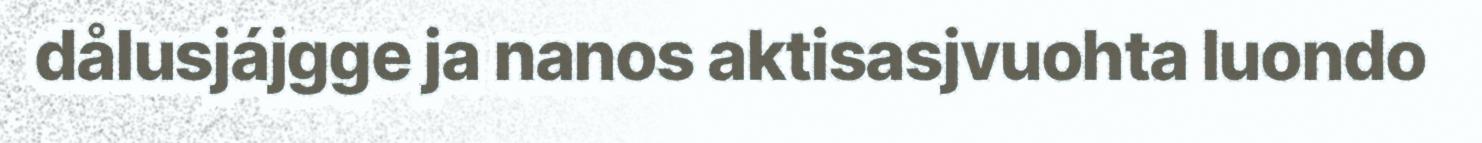
dålusjájgge ja nanos aktisasjvuohta luondo